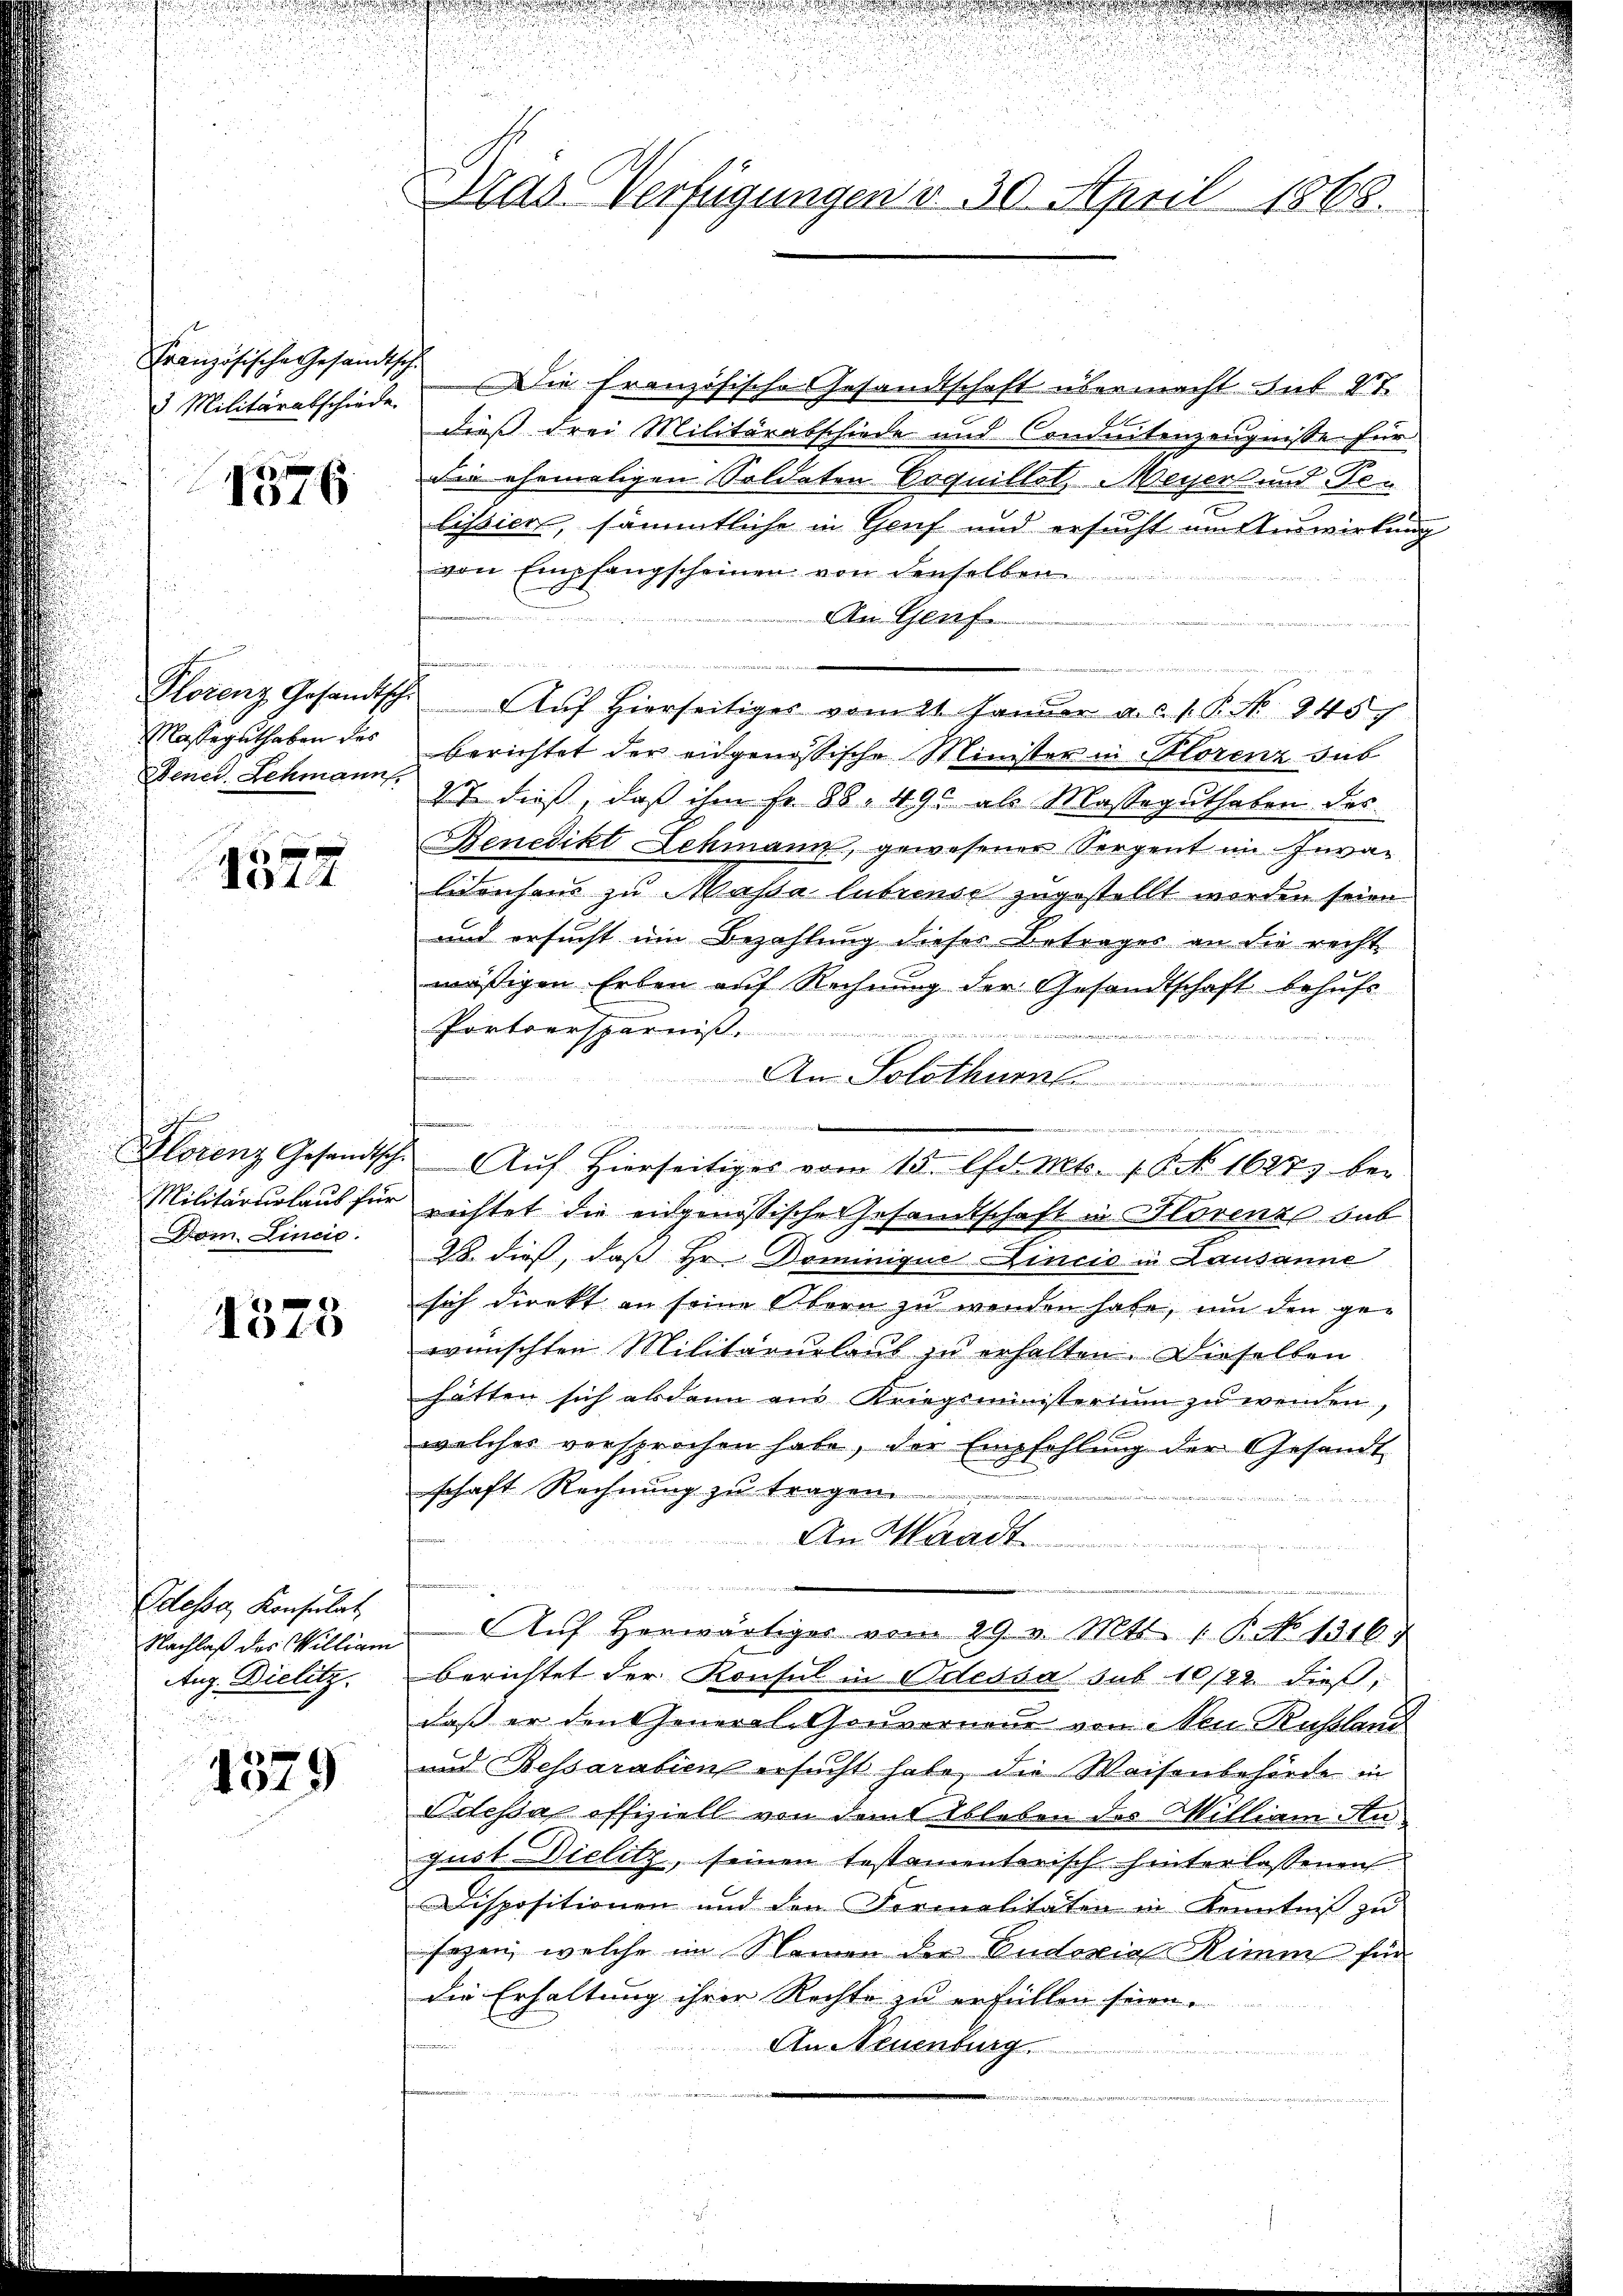
Französische Gesandtsche
3. Militärabschiede

1576

Florenz Gesandtsch.
Masseguthaben des
Dener Schmann.

1 f 4
No 44

Klorenz Gesandtsch
Militärurlaub für
Dom. Linie.

1040

Odessa, Konsulat
Nachlaß des William
Aug. Dielitz.

1529

Dras Verfügungen v. 30. April 1868.

Die französische Gesandtschaft übermacht aus 27
dieß drei Militärabschiede und Conduitenzeugnisse für
Die ehemaligen Soldaten Coquillotz Meyer und Felistiers, sämmtliche in Genf und ersucht um Auswirkung
von Empfangscheinen von denselben
An Genf
n
 e diesen einen
Auf Hierseitiges vom 21. Januar a. d. 1. P. Nr. 845
berichtet der eidgenössische Minister in Florenz dab
2t dieß, daß ihm fr. 88, 490 als Masseguthaben des
Benedikt Schmann, gewesenes Sergent im Inva-
birnhaus zu Massa librense zugestellt worden seien.
und ersucht um Bezahlung dieses Betrages an die recht
mäßigen Erben auf Rechnung der Gesandtschaft behufs
Portoersparnis
2 ent
An Solothur
richtet die eidgenössische Gesandtschaft in Florenzs sub
28. dies, daß Hr. Dominique Lincio in Lausanne
sich direkt an seine Obern zu wenden habe, um den gewünschten Militärŭrlaŭb zu erhalten. Dieselben
hätten sich abdann aus Kriegsministerium zu wenden,
1
welches versprochen habe, der Empfehlung der Gesandt
schaft Rechnung zu tragen.
127
An Waadt
Aŭf herwärtiger vom 29. v. Mts. 1. P. No 13164
berichtet der Konsul in Odessa sub 10/22. dieß,
daß er den General-Gouverneur von Neu Kussland
und Bessarabien ersucht habe, die Waisenbehörde in
Aclessas offiziell von dem Ableben des Milliam An-
gust Diclitz, seinen testamentarisch hinterlassenen
Dispositionen und den Formalitäten in Kenntniß zu
sagen, welche im Namen der Enderial Rimm für
die Erhaltung ihrer Rechte zu erfüllen seien.
An Neuenburg.

a
Auf Hierseitiges vom 15. d. Mts. 1 § 1627) bei